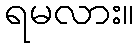
ရမလား။